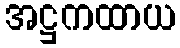
အဋ္ဌကထာယ